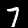
Digit: 7